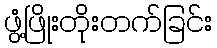
ဖွံ့ဖြိုးတိုးတက်ခြင်း